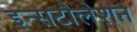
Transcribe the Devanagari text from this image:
इन्सटौलेशन